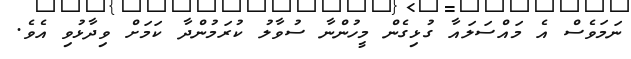
ނަމަވެސް އެ މައްސަލައާ ގުޅިގެން މީހުންނާ ސުވާލު ކުރަމުންދާ ކަމަށް ވިދާޅުވި އެވެ.